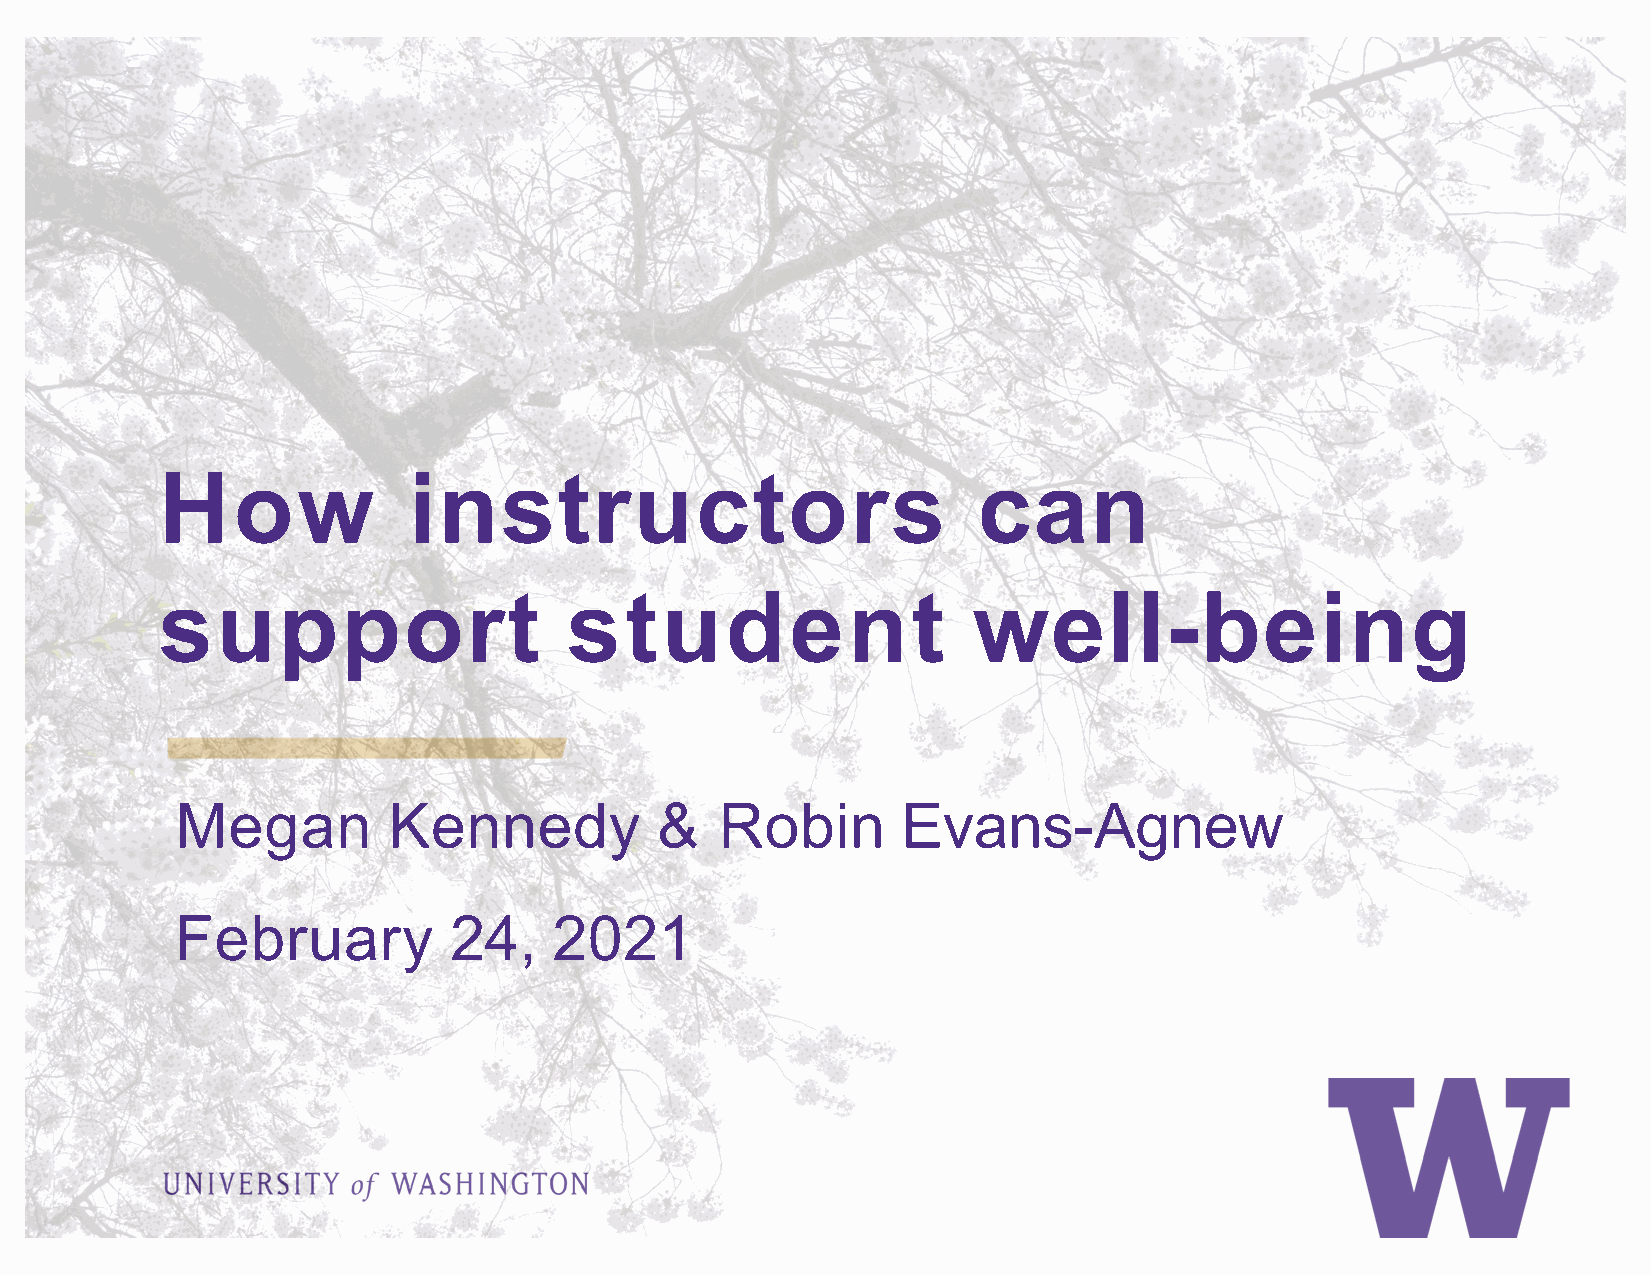
How              instructors                           can
 support                    student                    well-being
 Megan         Kennedy          &    Robin       Evans-Agnew
 February          24,    2021